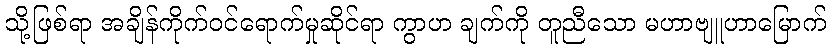
သို့ဖြစ်ရာ အချိန်ကိုက်ဝင်ရောက်မှုဆိုင်ရာ ကွာဟ ချက်ကို တူညီသော မဟာဗျူဟာမြောက်